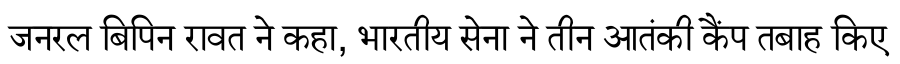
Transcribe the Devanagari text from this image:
जनरल बिपिन रावत ने कहा, भारतीय सेना ने तीन आतंकी कैंप तबाह किए